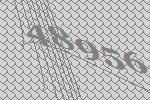
48956